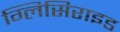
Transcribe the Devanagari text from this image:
ग्लिसिराइड